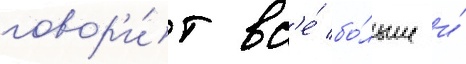
говор'и́т вс'е́ бо́льше и́